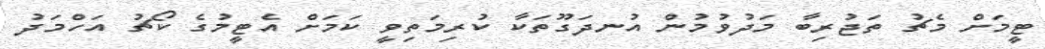
ޓީމަށް މެޗު ތަޖުރިބާ މަދުވުމުން އުނދަގޫތަކާ ކުރިމަތިވީ ކަމަށް އެޓީމުގެ ކޯޗު އަހްމަދު